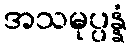
အသမုပ္ပန္နံ